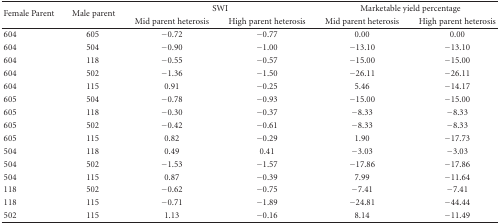
<table><thead><tr><td rowspan="2"><b> Female Parent</b></td><td rowspan="2"><b> Male parent</b></td><td colspan="2"><b>SWI</b></td><td colspan="2"><b>Marketable yield percentage</b></td></tr><tr><td><b>Mid parent heterosis</b></td><td><b>High parent heterosis</b></td><td><b>Mid parent heterosis</b></td><td><b>High parent heterosis</b></td></tr></thead><tbody><tr><td>604</td><td>605</td><td>−0.72</td><td>−0.77</td><td>0.00</td><td>0.00</td></tr><tr><td>604</td><td>504</td><td>−0.90</td><td>−1.00</td><td>−13.10</td><td>−13.10</td></tr><tr><td>604</td><td>118</td><td>−0.55</td><td>−0.57</td><td>−15.00</td><td>−15.00</td></tr><tr><td>604</td><td>502</td><td>−1.36</td><td>−1.50</td><td>−26.11</td><td>−26.11</td></tr><tr><td>604</td><td>115</td><td>0.91</td><td>−0.25</td><td>5.46</td><td>−14.17</td></tr><tr><td>605</td><td>504</td><td>−0.78</td><td>−0.93</td><td>−15.00</td><td>−15.00</td></tr><tr><td>605</td><td>118</td><td>−0.30</td><td>−0.37</td><td>−8.33</td><td>−8.33</td></tr><tr><td>605</td><td>502</td><td>−0.42</td><td>−0.61</td><td>−8.33</td><td>−8.33</td></tr><tr><td>605</td><td>115</td><td>0.82</td><td>−0.29</td><td>1.90</td><td>−17.73</td></tr><tr><td>504</td><td>118</td><td>0.49</td><td>0.41</td><td>−3.03</td><td>−3.03</td></tr><tr><td>504</td><td>502</td><td>−1.53</td><td>−1.57</td><td>−17.86</td><td>−17.86</td></tr><tr><td>504</td><td>115</td><td>0.87</td><td>−0.39</td><td>7.99</td><td>−11.64</td></tr><tr><td>118</td><td>502</td><td>−0.62</td><td>−0.75</td><td>−7.41</td><td>−7.41</td></tr><tr><td>118</td><td>115</td><td>−0.71</td><td>−1.89</td><td>−24.81</td><td>−44.44</td></tr><tr><td>502</td><td>115</td><td>1.13</td><td>−0.16</td><td>8.14</td><td>−11.49</td></tr></tbody></table>